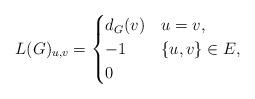
LaTeX: \begin{align*} L(G)_{u,v}= \begin{cases} d_G(v) & u=v,\\ -1 & \{u,v\}\in E,\\ 0 & \end{cases}\end{align*}